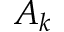
A _ { k }